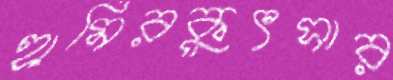
হামিরকুৎসার